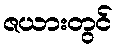
ဇယားတွင်